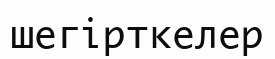
шегірткелер